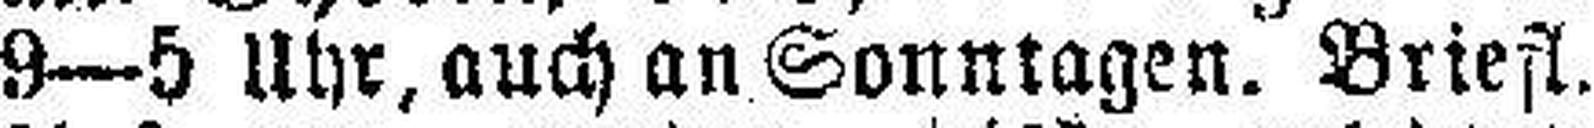
9—5 Uhr, auch an Sonnlagen. Briefl.